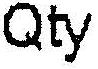
QTY